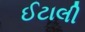
ઈટાલી